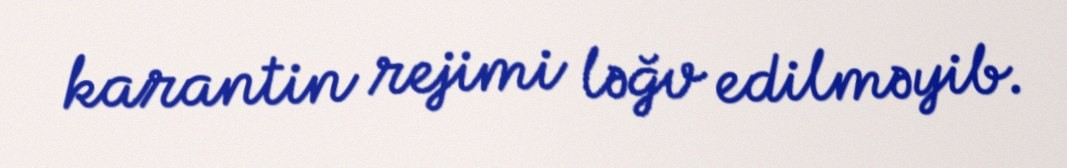
karantin rejimi ləğv edilməyib.